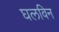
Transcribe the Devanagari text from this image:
घलविन